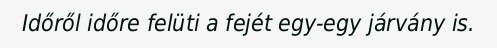
Időről időre felüti a fejét egy-egy járvány is.